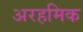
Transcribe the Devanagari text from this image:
अरहमिक